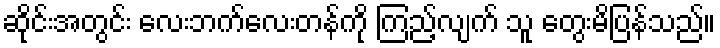
ဆိုင်းအတွင်း လေးဘက်လေးတန်ကို ကြည့်လျက် သူ တွေးမိပြန်သည်။